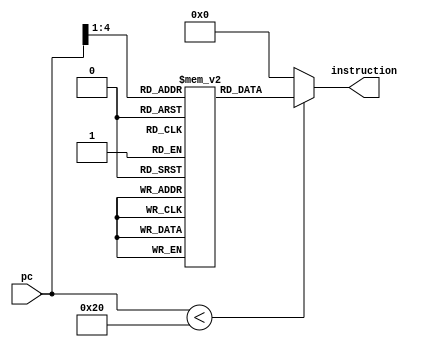
module instr_mem          // a synthesisable rom implementation  
 (  
      input     [15:0]     pc,  
      output wire     [15:0]          instruction  
 );  
      wire [3 : 0] rom_addr = pc[4 : 1];  
      /* lw     $3, 0($0) --   
           Loop:     slti $1, $3, 50  
           beq $1, $0, Skip  
           add $4, $4, $3   
           addi $3, $3, 1   
           beq $0, $0, Loop--  
           Skip  
 */  
      reg [15:0] rom[15:0];  
      initial  
      begin  
                rom[0] = 16'b1000000110000000;  
                rom[1] = 16'b0010110010110010;  
                rom[2] = 16'b1101110001100111;  
                rom[3] = 16'b1101110111011001;  
                rom[4] = 16'b1111110110110001;  
                rom[5] = 16'b1100000001111011; 
                rom[6] = 16'b0000000000000000;  
                rom[7] = 16'b0000000000000000;  
                rom[8] = 16'b0000000000000000;  
                rom[9] = 16'b0000000000000000;  
                rom[10] = 16'b0000000000000000;  
                rom[11] = 16'b0000000000000000;  
                rom[12] = 16'b0000000000000000;  
                rom[13] = 16'b0000000000000000;  
                rom[14] = 16'b0000000000000000;  
                rom[15] = 16'b0000000000000000;  
      end  
      assign instruction = (pc[15:0] < 32 )? rom[rom_addr[3:0]]: 16'd0;  
 endmodule